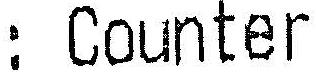
: COUNTER